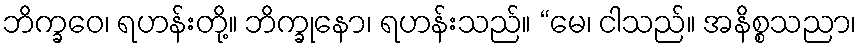
ဘိက္ခဝေ၊ ရဟန်းတို့။ ဘိက္ခုနော၊ ရဟန်းသည်။ “မေ၊ ငါသည်။ အနိစ္စသညာ၊